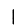
Digit: 1